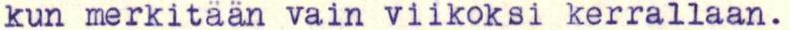
kun merkitään vain viikoksi kerrallaan.